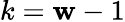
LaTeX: k=\mathbf{w}-1